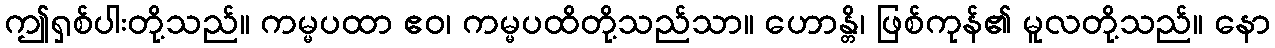
ဤရှစ်ပါးတို့သည်။ ကမ္မပထာ ဧဝ၊ ကမ္မပထိတို့သည်သာ။ ဟောန္တိ၊ ဖြစ်ကုန်၏ မူလတို့သည်။ နော